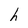
Character: h